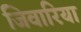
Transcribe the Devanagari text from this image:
जिवारिया